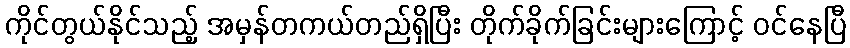
ကိုင်တွယ်နိုင်သည့် အမှန်တကယ်တည်ရှိပြီး တိုက်ခိုက်ခြင်းများကြောင့် ဝင်နေပြီ